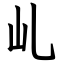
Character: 乢